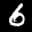
Label: 6